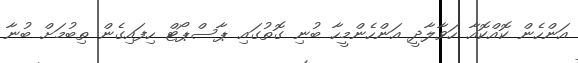
އަންހެން ކޮއްކޮއާ ހަވާލާދީ އަންހެންމީހާ ބުނި ގޮތުގައި ޕާސްޕޯޓް ހިފައިގެން ތިބުމަށް ބުނާ